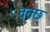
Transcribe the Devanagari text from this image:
वृक्छ